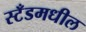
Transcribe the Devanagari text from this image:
स्टँडमधील